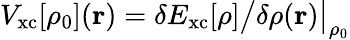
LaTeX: V_{\mathrm{xc}}[\rho_{0}]({\mathbf r})=\delta E_{\mathrm{xc}}[\rho]\big/\delta\rho({\mathbf r})\big\vert_{\rho_{0}}